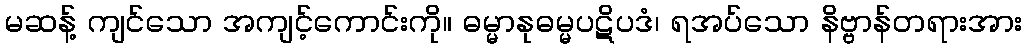
မဆန့် ကျင်သော အကျင့်ကောင်းကို။ ဓမ္မာနုဓမ္မပဋိပဒံ၊ ရအပ်သော နိဗ္ဗာန်တရားအား